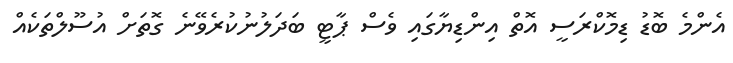
އެންމެ ބޮޑު ޑިމޮކްރަސީ އޮތް އިންޑިޔާގައި ވެސް ޕާޓީ ބަަދަލުނުކުރެވޭނެ ގޮތަށް އުސޫލްތަކެއް